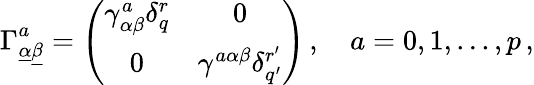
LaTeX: \Gamma_{\underline{{\alpha}}\underline{{\beta}}}^{a}=\left(\begin{array}{cc}{{\gamma_{\alpha\beta}^{a}\delta_{q}^{r}}}&{{0}}\\ {{0}}&{{\gamma^{a\alpha\beta}\delta_{q^{\prime}}^{r^{\prime}}}}\end{array}\right)\, ,\quad a=0,1,...,p\, ,